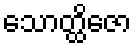
သောတ္ထိဇော